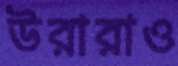
উরারাও